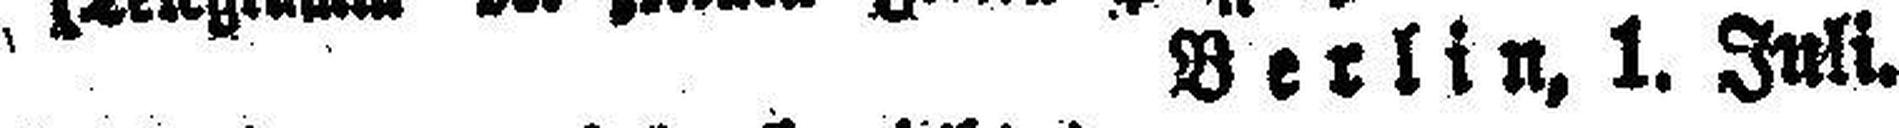
Berlin, 1. Juli.